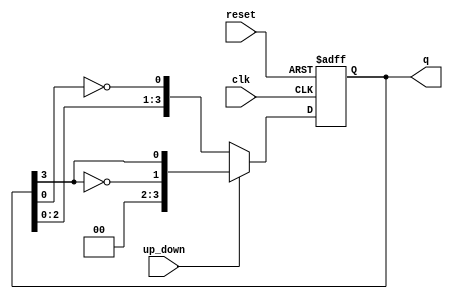
module Bidirectional_Johnson_Counter (
    input wire clk,          // Clock signal
    input wire reset,        // Reset signal
    input wire up_down,      // Up/Down control signal (1 for up, 0 for down)
    output reg [n-1:0] q     // Output state of the counter
);
    parameter n = 4; // Number of flip-flops (adjust as needed)

    always @(posedge clk or posedge reset) begin
        if (reset) begin
            q <= 0; // Reset the counter to 0
        end else begin
            if (up_down) begin
                // Counting Up (Shift Right)
                q <= {~q[n-1], q[n-1:n-1]}; // Shift right and invert last bit
            end else begin
                // Counting Down (Shift Left)
                q <= {q[n-2:0], ~q[0]}; // Shift left and invert first bit
            end
        end
    end
endmodule